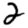
Digit: 2